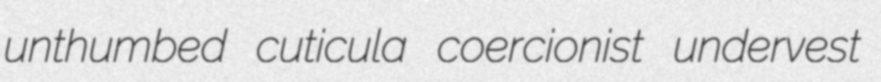
unthumbed cuticula coercionist undervest